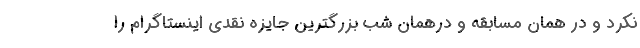
نکرد و در همان مسابقه و درهمان شب بزرگترین جایزه نقدی اینستاگرام را